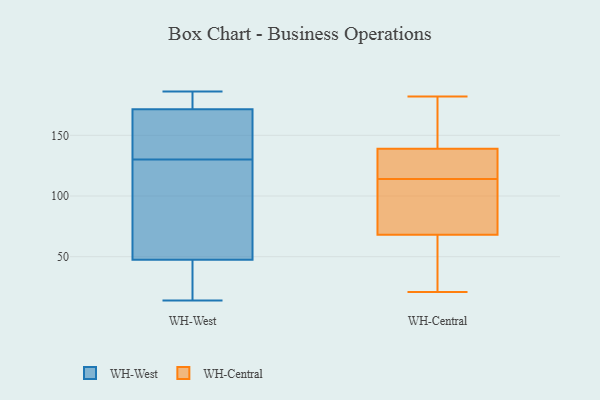
{"axis": {"x": "Demand Index", "y": "Value"}, "legend": ["WH-Central", "WH-West"], "data": [{"x": "", "y": 142, "type": "WH-West"}, {"x": "", "y": 25, "type": "WH-West"}, {"x": "", "y": 181, "type": "WH-West"}, {"x": "", "y": 130, "type": "WH-West"}, {"x": "", "y": 48, "type": "WH-West"}, {"x": "", "y": 186, "type": "WH-West"}, {"x": "", "y": 14, "type": "WH-West"}, {"x": "", "y": 108, "type": "WH-West"}, {"x": "", "y": 171, "type": "WH-West"}, {"x": "", "y": 184, "type": "WH-West"}, {"x": "", "y": 55, "type": "WH-West"}, {"x": "", "y": 134, "type": "WH-West"}, {"x": "", "y": 152, "type": "WH-West"}, {"x": "", "y": 46, "type": "WH-West"}, {"x": "", "y": 33, "type": "WH-West"}, {"x": "", "y": 173, "type": "WH-West"}, {"x": "", "y": 122, "type": "WH-West"}, {"x": "", "y": 38, "type": "WH-Central"}, {"x": "", "y": 158, "type": "WH-Central"}, {"x": "", "y": 159, "type": "WH-Central"}, {"x": "", "y": 130, "type": "WH-Central"}, {"x": "", "y": 69, "type": "WH-Central"}, {"x": "", "y": 49, "type": "WH-Central"}, {"x": "", "y": 77, "type": "WH-Central"}, {"x": "", "y": 153, "type": "WH-Central"}, {"x": "", "y": 37, "type": "WH-Central"}, {"x": "", "y": 136, "type": "WH-Central"}, {"x": "", "y": 124, "type": "WH-Central"}, {"x": "", "y": 68, "type": "WH-Central"}, {"x": "", "y": 139, "type": "WH-Central"}, {"x": "", "y": 182, "type": "WH-Central"}, {"x": "", "y": 109, "type": "WH-Central"}, {"x": "", "y": 107, "type": "WH-Central"}, {"x": "", "y": 21, "type": "WH-Central"}, {"x": "", "y": 119, "type": "WH-Central"}]}